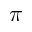
\pi